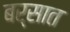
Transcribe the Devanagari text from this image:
बर्सात